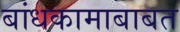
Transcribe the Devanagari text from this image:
बांधकामाबाबत